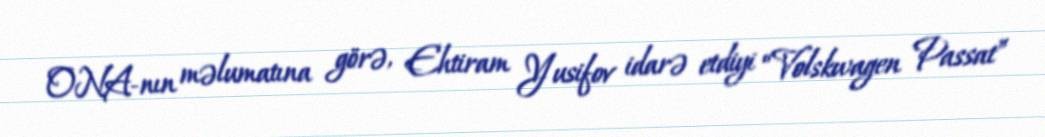
ONA-nın məlumatına görə, Ehtiram Yusifov idarə etdiyi “Volskwagen Passat”